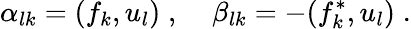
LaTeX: \alpha_{lk}=(f_{k},u_{l})\; ,\; \; \; \; \beta_{lk}=-(f_{k}^{*},u_{l})\; .